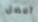
أفضل